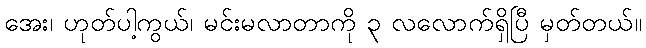
အေး၊ ဟုတ်ပါ့ကွယ်၊ မင်းမလာတာကို ၃ လလောက်ရှိပြီ မှတ်တယ်။